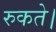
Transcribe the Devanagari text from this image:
रुकते।